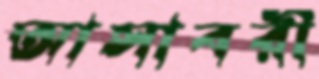
আসাবরী